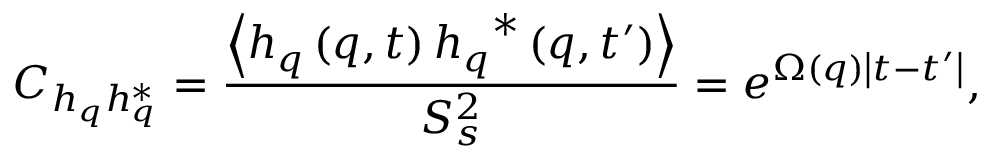
C _ { h _ { q } h _ { q } ^ { * } } = \frac { \left\langle h _ { q } \left( q , t \right) { { h _ { q } } ^ { * } } \left( q , t ^ { \prime } \right) \right\rangle } { S _ { s } ^ { 2 } } = { { e } ^ { \Omega \left( q \right) \left| t - t ^ { \prime } \right| } } ,